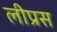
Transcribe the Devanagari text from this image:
लीप्रस